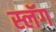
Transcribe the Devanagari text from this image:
स्लॅग